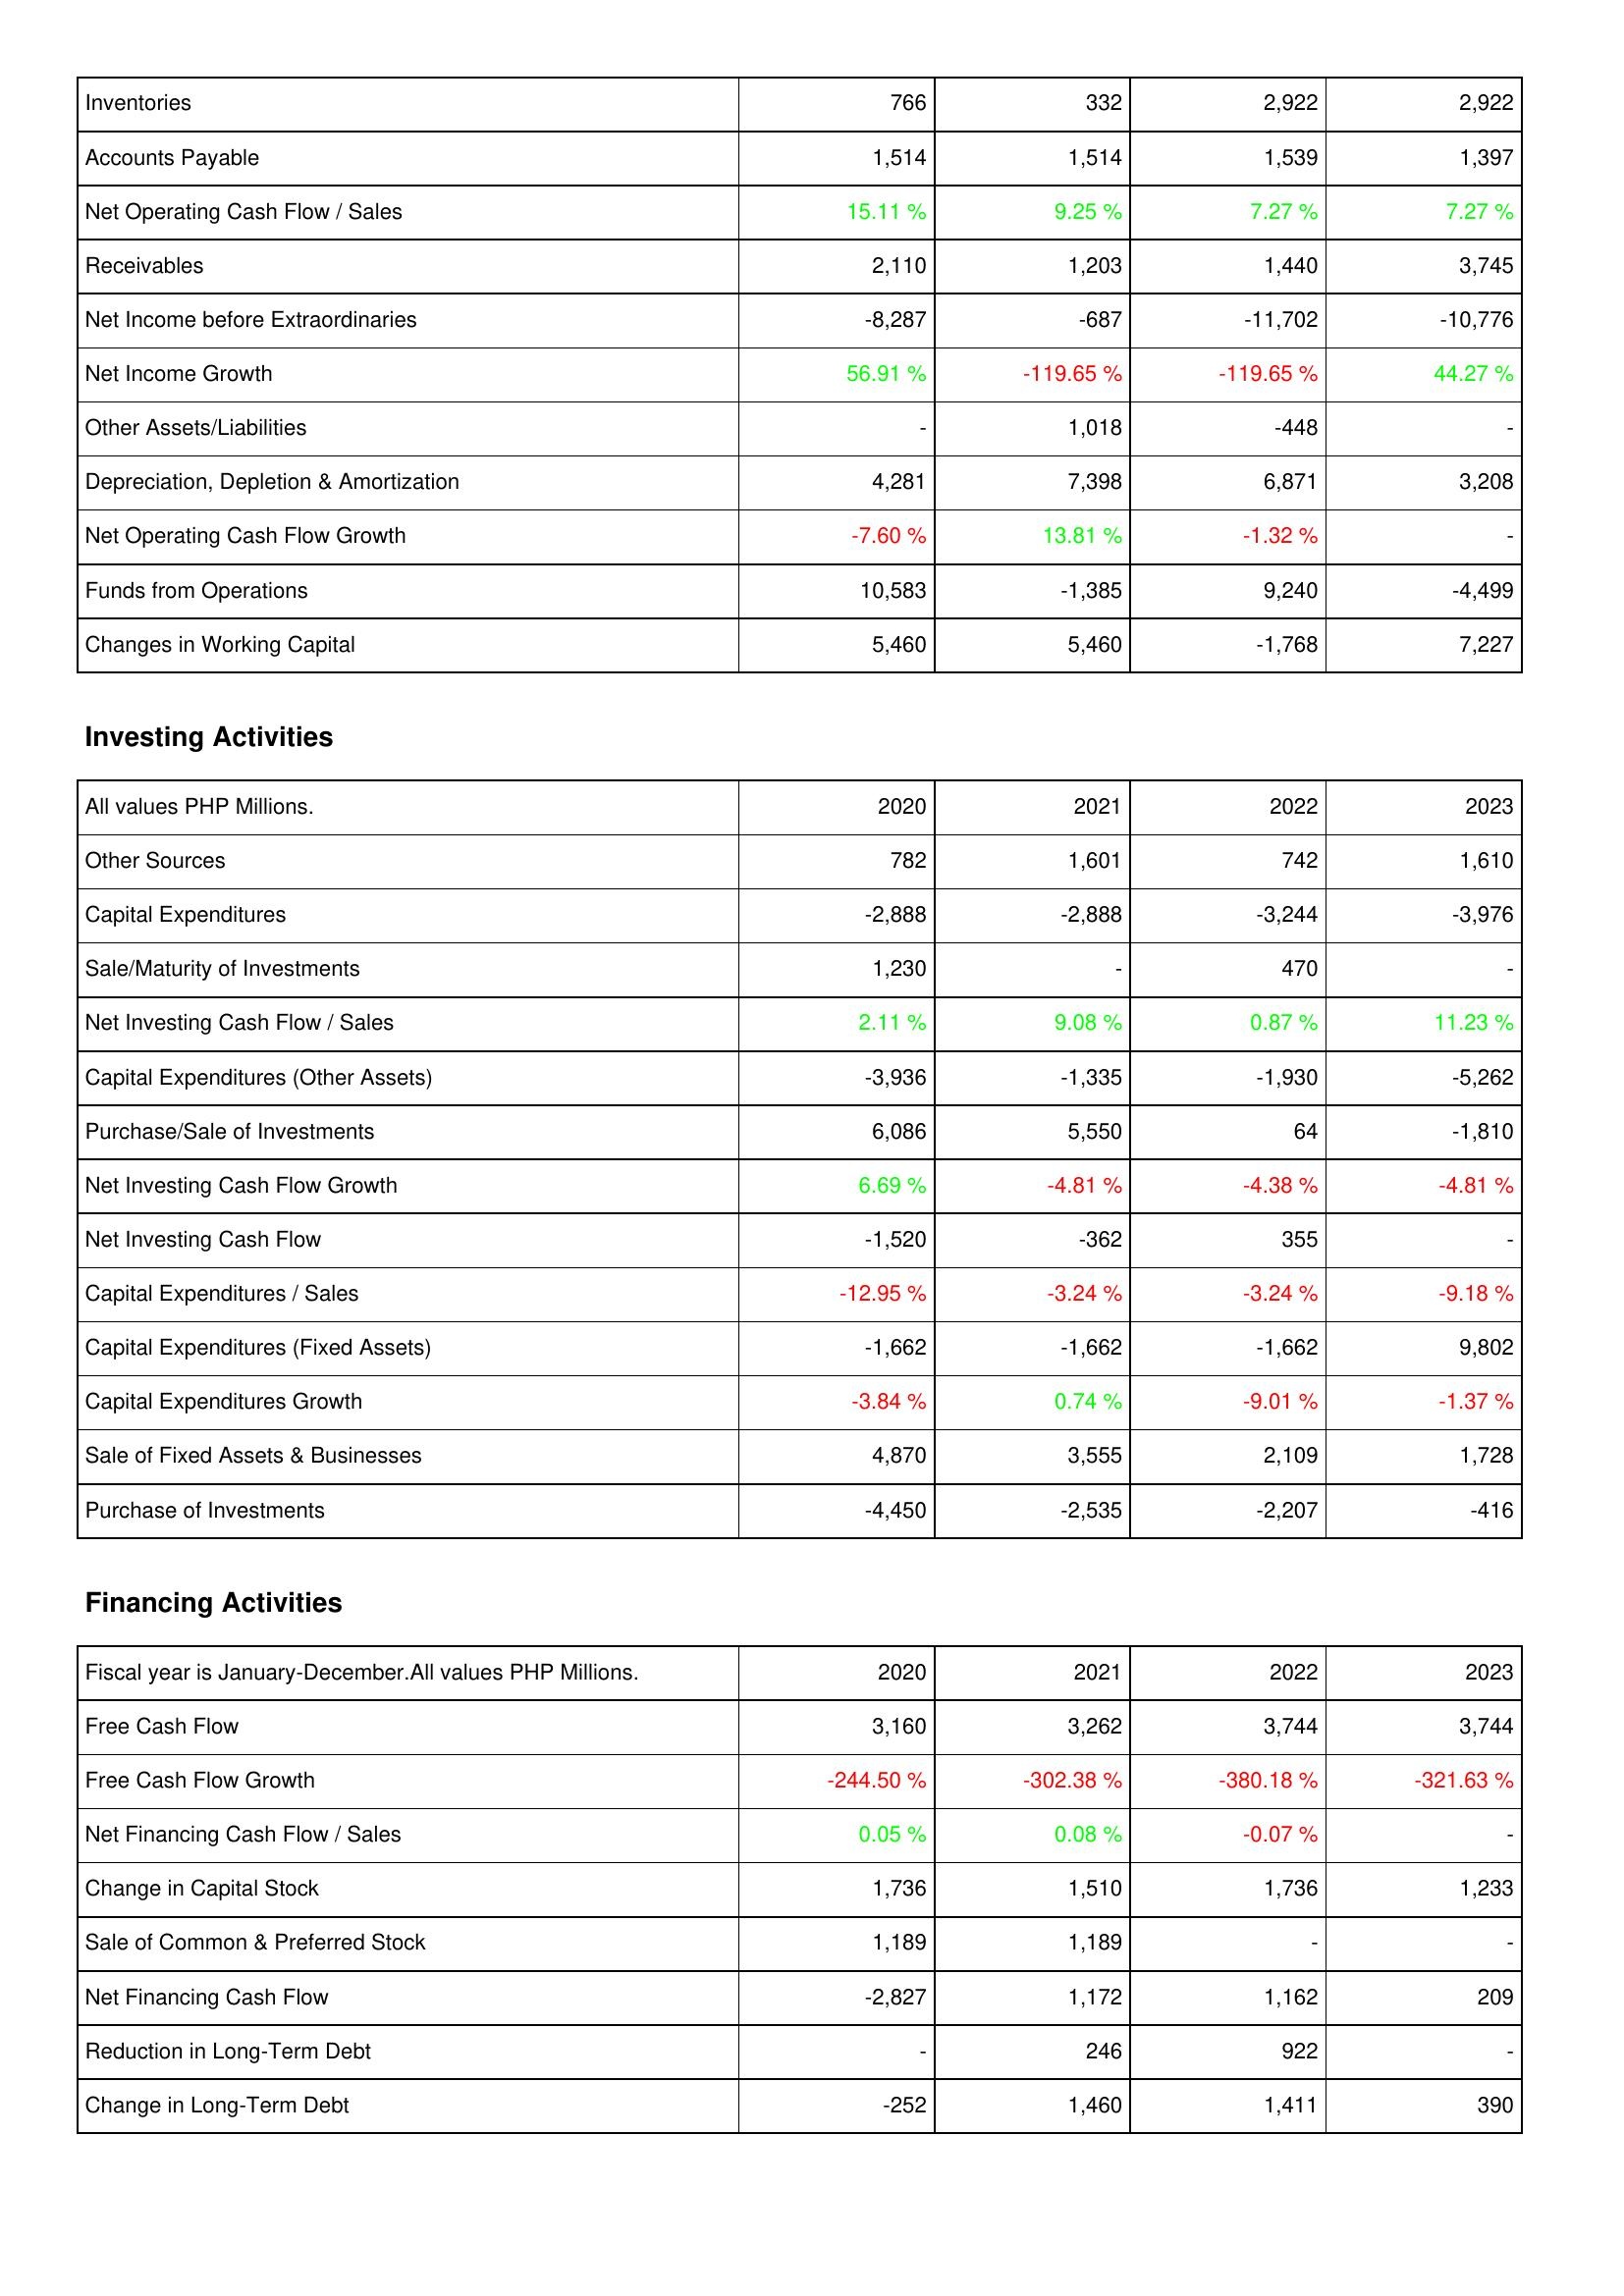
2020: Operating Activities: Inventories: 766
Accounts Payable: 1,514
Net Operating Cash Flow / Sales: 15.11 %
Receivables: 2,110
Net Income before Extraordinaries: -8,287
Net Income Growth: 56.91 %
Other Assets/Liabilities: -
Depreciation, Depletion & Amortization: 4,281
Net Operating Cash Flow Growth: -7.60 %
Funds from Operations: 10,583
Changes in Working Capital: 5,460
Investing Activities: Other Sources: 782
Capital Expenditures: -2,888
Sale/Maturity of Investments: 1,230
Net Investing Cash Flow / Sales: 2.11 %
Capital Expenditures (Other Assets): -3,936
Purchase/Sale of Investments: 6,086
Net Investing Cash Flow Growth: 6.69 %
Net Investing Cash Flow: -1,520
Capital Expenditures / Sales: -12.95 %
Capital Expenditures (Fixed Assets): -1,662
Capital Expenditures Growth: -3.84 %
Sale of Fixed Assets & Businesses: 4,870
Purchase of Investments: -4,450
Financing Activities: Free Cash Flow: 3,160
Free Cash Flow Growth: -244.50 %
Net Financing Cash Flow / Sales: 0.05 %
Change in Capital Stock: 1,736
Sale of Common & Preferred Stock: 1,189
Net Financing Cash Flow: -2,827
Reduction in Long-Term Debt: -
Change in Long-Term Debt: -252
2021: Operating Activities: Inventories: 332
Accounts Payable: 1,514
Net Operating Cash Flow / Sales: 9.25 %
Receivables: 1,203
Net Income before Extraordinaries: -687
Net Income Growth: -119.65 %
Other Assets/Liabilities: 1,018
Depreciation, Depletion & Amortization: 7,398
Net Operating Cash Flow Growth: 13.81 %
Funds from Operations: -1,385
Changes in Working Capital: 5,460
Investing Activities: Other Sources: 1,601
Capital Expenditures: -2,888
Sale/Maturity of Investments: -
Net Investing Cash Flow / Sales: 9.08 %
Capital Expenditures (Other Assets): -1,335
Purchase/Sale of Investments: 5,550
Net Investing Cash Flow Growth: -4.81 %
Net Investing Cash Flow: -362
Capital Expenditures / Sales: -3.24 %
Capital Expenditures (Fixed Assets): -1,662
Capital Expenditures Growth: 0.74 %
Sale of Fixed Assets & Businesses: 3,555
Purchase of Investments: -2,535
Financing Activities: Free Cash Flow: 3,262
Free Cash Flow Growth: -302.38 %
Net Financing Cash Flow / Sales: 0.08 %
Change in Capital Stock: 1,510
Sale of Common & Preferred Stock: 1,189
Net Financing Cash Flow: 1,172
Reduction in Long-Term Debt: 246
Change in Long-Term Debt: 1,460
2022: Operating Activities: Inventories: 2,922
Accounts Payable: 1,539
Net Operating Cash Flow / Sales: 7.27 %
Receivables: 1,440
Net Income before Extraordinaries: -11,702
Net Income Growth: -119.65 %
Other Assets/Liabilities: -448
Depreciation, Depletion & Amortization: 6,871
Net Operating Cash Flow Growth: -1.32 %
Funds from Operations: 9,240
Changes in Working Capital: -1,768
Investing Activities: Other Sources: 742
Capital Expenditures: -3,244
Sale/Maturity of Investments: 470
Net Investing Cash Flow / Sales: 0.87 %
Capital Expenditures (Other Assets): -1,930
Purchase/Sale of Investments: 64
Net Investing Cash Flow Growth: -4.38 %
Net Investing Cash Flow: 355
Capital Expenditures / Sales: -3.24 %
Capital Expenditures (Fixed Assets): -1,662
Capital Expenditures Growth: -9.01 %
Sale of Fixed Assets & Businesses: 2,109
Purchase of Investments: -2,207
Financing Activities: Free Cash Flow: 3,744
Free Cash Flow Growth: -380.18 %
Net Financing Cash Flow / Sales: -0.07 %
Change in Capital Stock: 1,736
Sale of Common & Preferred Stock: -
Net Financing Cash Flow: 1,162
Reduction in Long-Term Debt: 922
Change in Long-Term Debt: 1,411
2023: Operating Activities: Inventories: 2,922
Accounts Payable: 1,397
Net Operating Cash Flow / Sales: 7.27 %
Receivables: 3,745
Net Income before Extraordinaries: -10,776
Net Income Growth: 44.27 %
Other Assets/Liabilities: -
Depreciation, Depletion & Amortization: 3,208
Net Operating Cash Flow Growth: -
Funds from Operations: -4,499
Changes in Working Capital: 7,227
Investing Activities: Other Sources: 1,610
Capital Expenditures: -3,976
Sale/Maturity of Investments: -
Net Investing Cash Flow / Sales: 11.23 %
Capital Expenditures (Other Assets): -5,262
Purchase/Sale of Investments: -1,810
Net Investing Cash Flow Growth: -4.81 %
Net Investing Cash Flow: -
Capital Expenditures / Sales: -9.18 %
Capital Expenditures (Fixed Assets): 9,802
Capital Expenditures Growth: -1.37 %
Sale of Fixed Assets & Businesses: 1,728
Purchase of Investments: -416
Financing Activities: Free Cash Flow: 3,744
Free Cash Flow Growth: -321.63 %
Net Financing Cash Flow / Sales: -
Change in Capital Stock: 1,233
Sale of Common & Preferred Stock: -
Net Financing Cash Flow: 209
Reduction in Long-Term Debt: -
Change in Long-Term Debt: 390